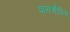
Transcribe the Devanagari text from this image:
पासचेंडीले